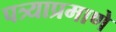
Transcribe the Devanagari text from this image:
पत्र्याप्रमाणे